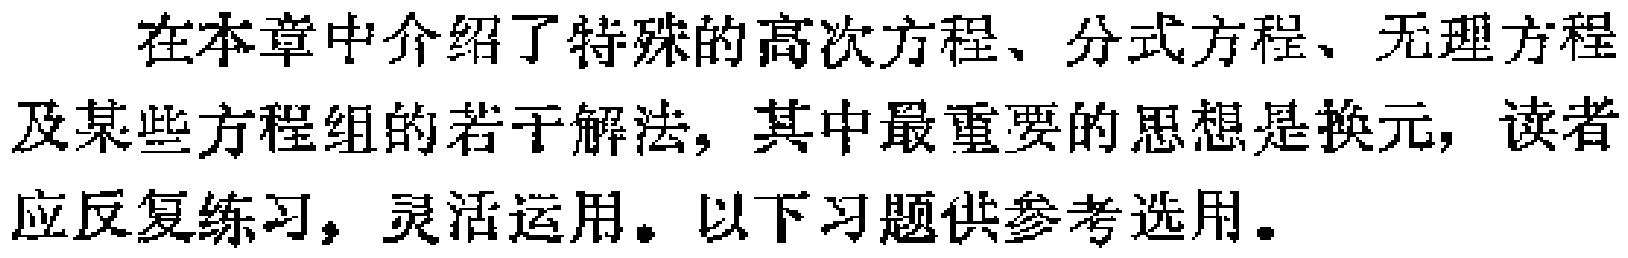
在本章中介绍了特殊的高次方程、分式方程、无理方程及某些方程组的若干解法, 其中最重要的思想是换元, 读者应反复练习, 灵活运用。以下习题供参考选用。